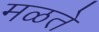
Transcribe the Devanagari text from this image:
मळते